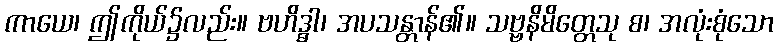
ကာယေ၊ ဤကိုယ်၌လည်း။ ဗဟိဒ္ဓါ၊ အပသန္တာန်၏။ သဗ္ဗနိမိတ္တေသု စ၊ အလုံးစုံသော